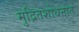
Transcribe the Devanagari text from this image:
मुद्रितशोधनात